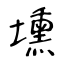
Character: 壎